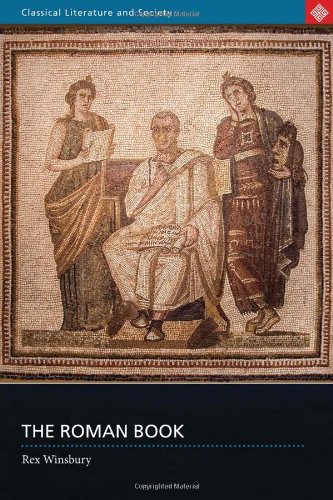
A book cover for The Roman Book (Classical Literature and Society); Rex Winsbury; Literature & Fiction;